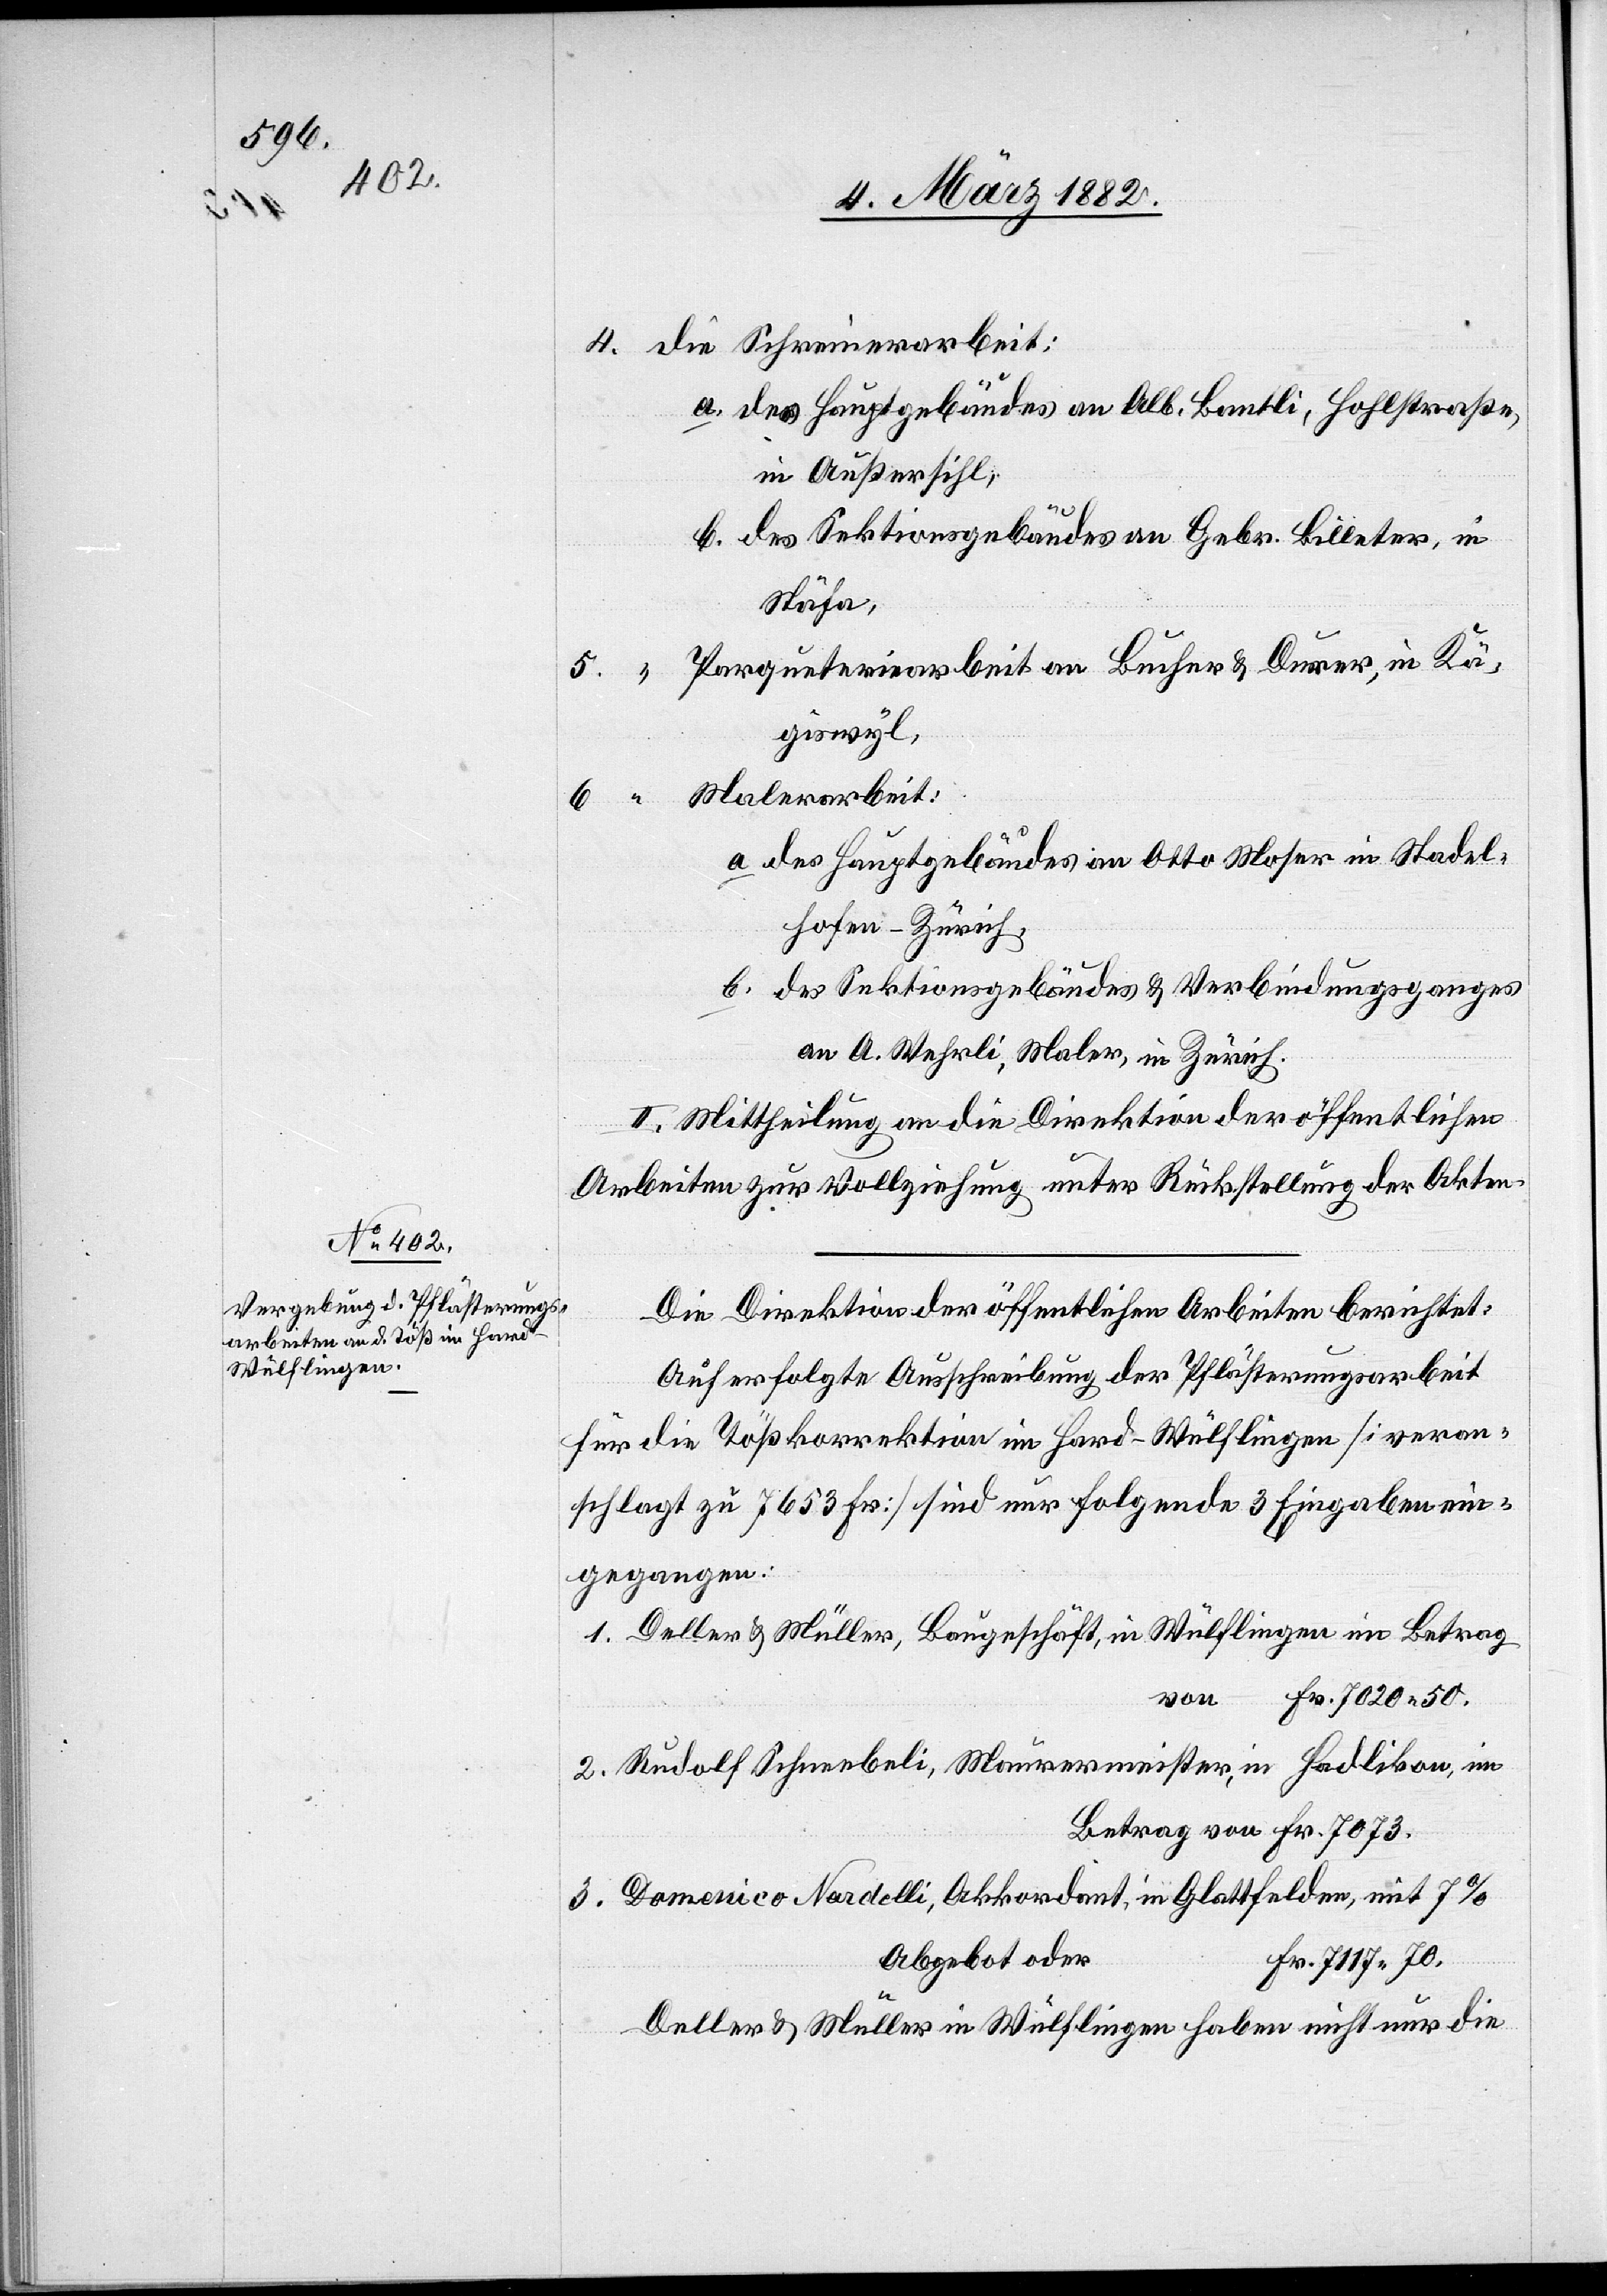
a. des Hauptgebäudes an Alb. Bantli, Hohlstraße,
in Außersihl,
b. des Sektionsgebäudes an Gebr. Billeter, in
Stäfa,
Parqueteriearbeit an Bucher & Durer, in Kä¬
giswyl,
a. des Hauptgebäudes an Otto Moser in Stadel¬
hofen - Zürich,
b. des Sektionsgebäudes & Verbindungsganges
an A. Wehrli, Maler, in Zürich.
II. Mittheilung an die Direktion der öffentlichen
Arbeiten zur Vollziehung unter Rückstellung der Akten.
Die Direktion der öffentlichen Arbeiten berichtet:
Auf erfolgte Ausschreibung der Pflästerungsarbeit
für die Tößkorrektion im Hard - Wülflingen [veran¬
schlagt zu 7653 Fr.] sind nur folgende 3 Eingaben ein¬
gegangen:
1. Deller & Müller, Baugeschäft, in Wülflingen im Betrag
von Fr. 7020 50.
2. Rudolf Schneebeli, Maurermeister, in Hadlikon, im
Betrag von Fr. 7073.
3. Domenico Nardelli, Akkordant, in Glattfelden, mit 7%
Abgebot oder
Fr. 7117 70.
6.
Deller & Müller in Wülflingen haben nicht nur die